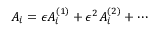
A _ { i } = \epsilon A _ { i } ^ { ( 1 ) } + \epsilon ^ { 2 } A _ { i } ^ { ( 2 ) } + \cdots